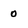
Character: 0